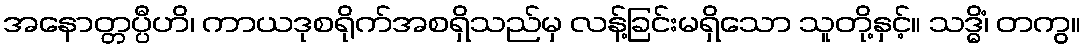
အနောတ္တပ္ပီဟိ၊ ကာယဒုစရိုက်အစရှိသည်မှ လန့်ခြင်းမရှိသော သူတို့နှင့်။ သဒ္ဓိံ၊ တကွ။